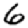
Digit: 6